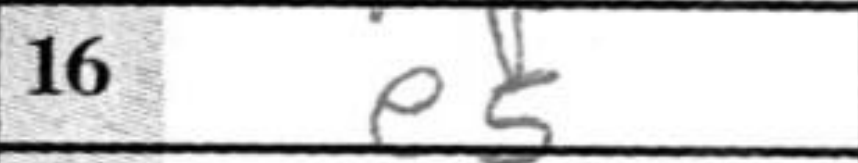
Transcription: e5